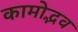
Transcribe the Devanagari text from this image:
कामोद्भव